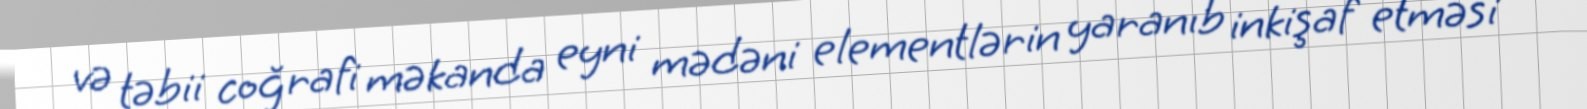
və təbii coğrafi məkanda eyni mədəni elementlərin yaranıb inkişaf etməsi